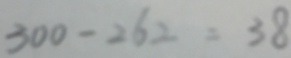
3 0 0 - 2 6 2 = 3 8